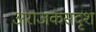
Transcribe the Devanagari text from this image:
अराजकसदृश